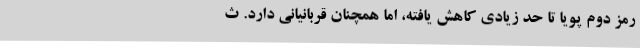
رمز دوم پویا تا حد زیادی کاهش یافته، اما همچنان قربانیانی دارد. ث